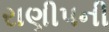
રાણીપની